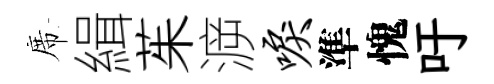
席緝茱㴑唳準愧吁